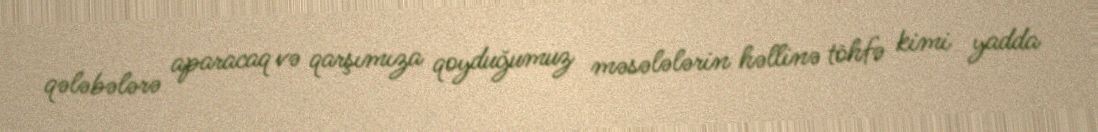
qələbələrə aparacaq və qarşımıza qoyduğumuz məsələlərin həllinə töhfə kimi yadda